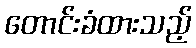
တောင်းခံထားသည့်